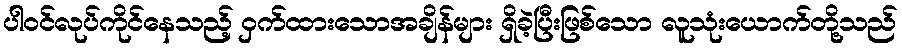
ပါဝင်လုပ်ကိုင်နေသည့် ဝှက်ထားသောအချိန်များ ရှိခဲ့ပြီးဖြစ်သော လူသုံးယောက်တို့သည်